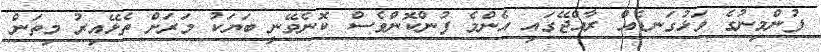
ފުންމިނުގެ ވަޅުގަނޑެއް ރާއްޖޭގައި އެންމެ ފުންކޮންވެސް ކޮނެވޭނީ ބަޔަކު މަރަށް ތެޅޭއިރު މިތަން